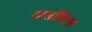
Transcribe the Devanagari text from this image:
आर्लोवित्स